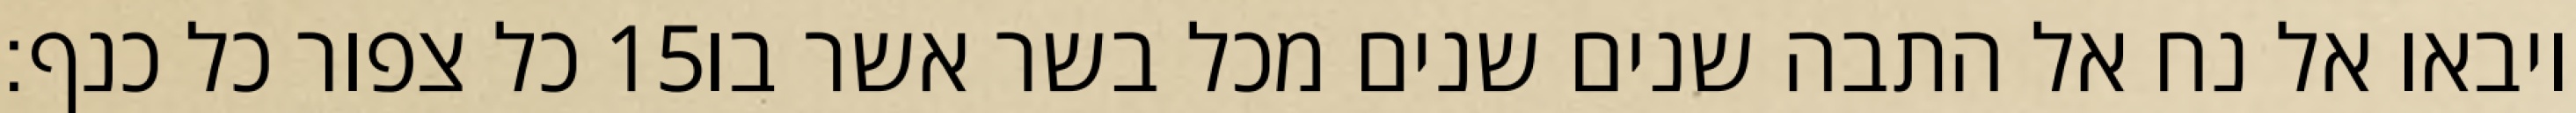
כל צפור כל כנף׃ ‎15‏ ויבאו אל נח אל התבה שנים שנים מכל בשר אשר בו